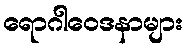
ရောဂါဝေဒနာများ